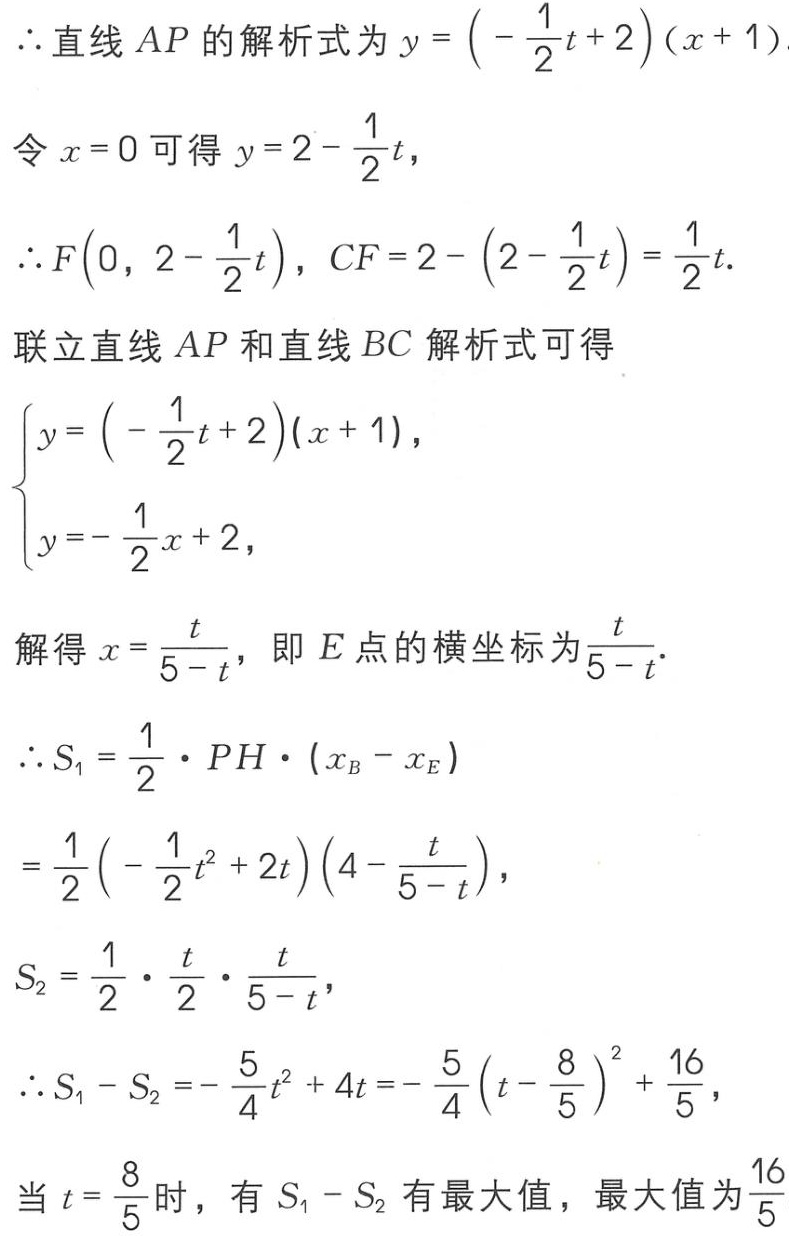
\(\therefore\)直线 \(AP\) 的解析式为 \(y = \left(-\frac{1}{2}t + 2\right)(x + 1)\)
令 \(x = 0\) 可得 \(y = 2 - \frac{1}{2}t\)，
\(\therefore F\left(0, 2 - \frac{1}{2}t\right)\)，\(CF = 2 - \left(2 - \frac{1}{2}t\right) = \frac{1}{2}t\).
联立直线 \(AP\) 和直线 \(BC\) 解析式可得
\(\begin{cases}y = \left(-\frac{1}{2}t + 2\right)(x + 1),\\y = -\frac{1}{2}x + 2,\end{cases}\)
解得 \(x = \frac{t}{5 - t}\)，即 \(E\) 点的横坐标为 \(\frac{t}{5 - t}\).
\(\therefore S_{1} = \frac{1}{2} \cdot PH \cdot (x_{B} - x_{E})\)
\(=\frac{1}{2}\left(-\frac{1}{2}t^{2} + 2t\right)\left(4 - \frac{t}{5 - t}\right)\)，
\(S_{2} = \frac{1}{2} \cdot \frac{t}{2} \cdot \frac{t}{5 - t}\)，
\(\therefore S_{1} - S_{2} = -\frac{5}{4}t^{2} + 4t = -\frac{5}{4}\left(t - \frac{8}{5}\right)^{2} + \frac{16}{5}\)，
当 \(t = \frac{8}{5}\) 时，有 \(S_{1} - S_{2}\) 有最大值，最大值为 \(\frac{16}{5}\)